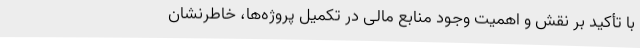
با تأکید بر نقش و اهمیت وجود منابع مالی در تکمیل پروژه‌ها، خاطرنشان